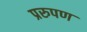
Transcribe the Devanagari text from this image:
प्ररुपण